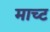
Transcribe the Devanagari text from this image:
माच्ट